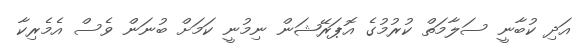
އަދި ކުބާނީ ސަލާމަތް ކުރުމުގެ އޮޕަރޭޝަން ނިމުނީ ކަމަށް ބުނަން ވެސް އެމެރިކާ